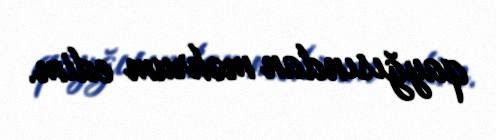
qayğısından məhrum edim.